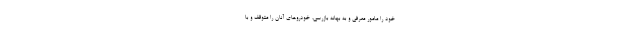
خود را مامور معرفی و به بهانه بازرسی، خودروهای آنان را متوقف و با